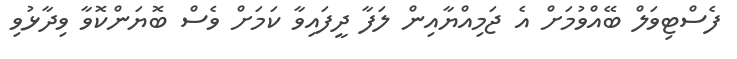
ފެސްޓިވަލް ބޭއްވުމަށް އެ ޖަމިއްޔާއިން ލަފާ ދީފައިވާ ކަމަށް ވެސް ބޮޔަންކޮވާ ވިދާޅުވި